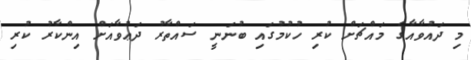
މި ދައުވާއާގެ މައްޗަށް ކުރި ހުކުމުގައި ބުނަނީ ސައްތާރު ދަޢުވާއަށް އިންކާރު ކުރި